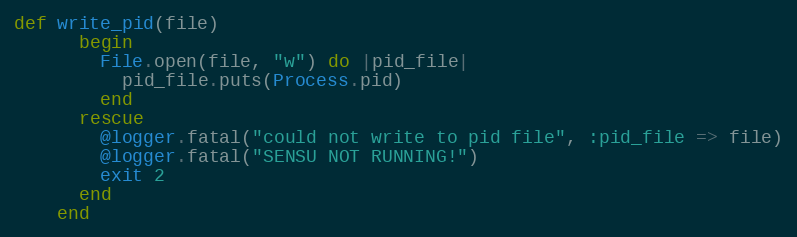
Language: Ruby
def write_pid(file)
      begin
        File.open(file, "w") do |pid_file|
          pid_file.puts(Process.pid)
        end
      rescue
        @logger.fatal("could not write to pid file", :pid_file => file)
        @logger.fatal("SENSU NOT RUNNING!")
        exit 2
      end
    end